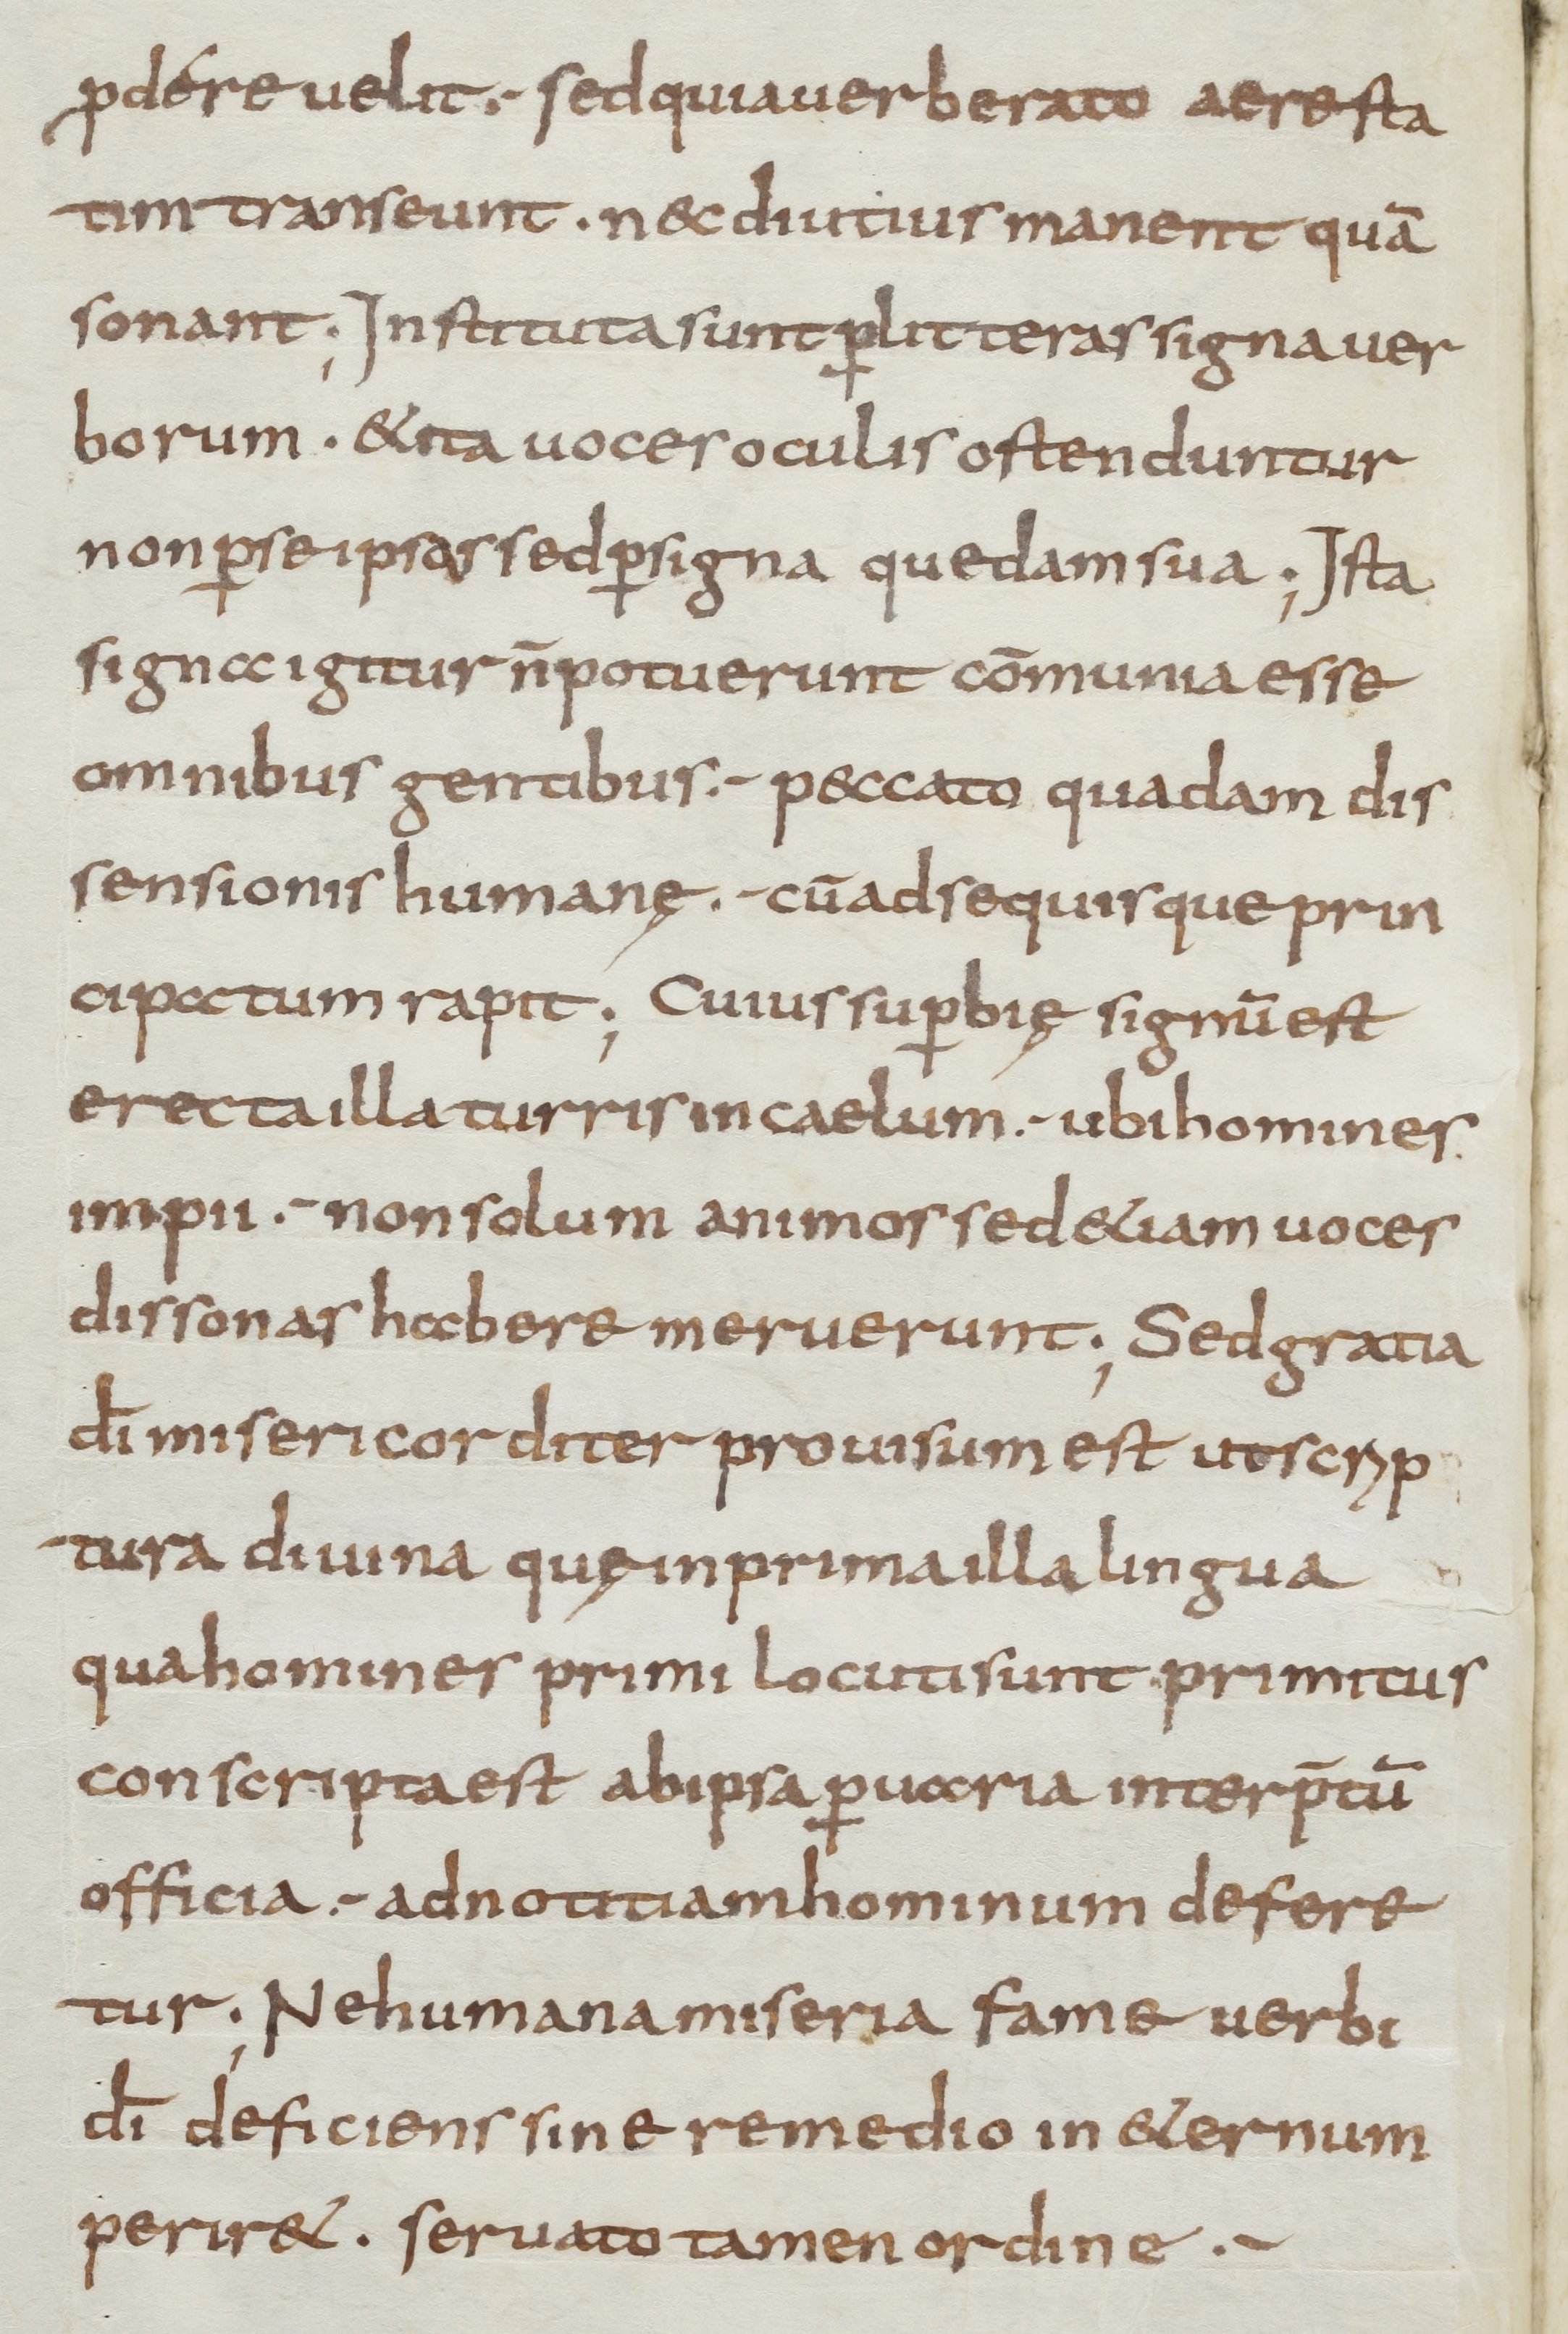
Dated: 800–899